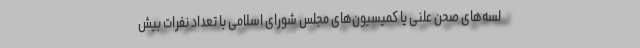
لسه‌های صحن علنی یا کمیسیون‌های مجلس شورای اسلامی با تعداد نفرات بیش